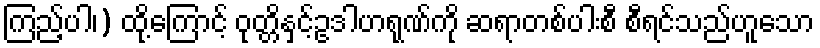
ကြည့်ပါ၊) ထို့ကြောင့် ဝုတ္တိနှင့်ဥဒါဟရုဏ်ကို ဆရာတစ်ပါးစီ စီရင်သည်ဟူသော